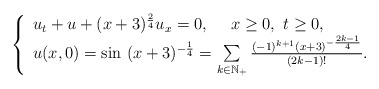
\begin{align*} \left\{ \begin{array}{l} u_{t}+u+(x+3)^{\frac{2}{4}}u_{x}=0,\ \ \ \ x\geq0,\ t\geq 0,\\ u(x,0)=\sin\ (x+3)^{-\frac{1}{4}}=\sum\limits_{k\in \mathbb{N}_+}\frac{(-1)^{k+1}(x+3)^{-\frac{2k-1}{4}}}{(2k-1)!}. \end{array} \right. \end{align*}